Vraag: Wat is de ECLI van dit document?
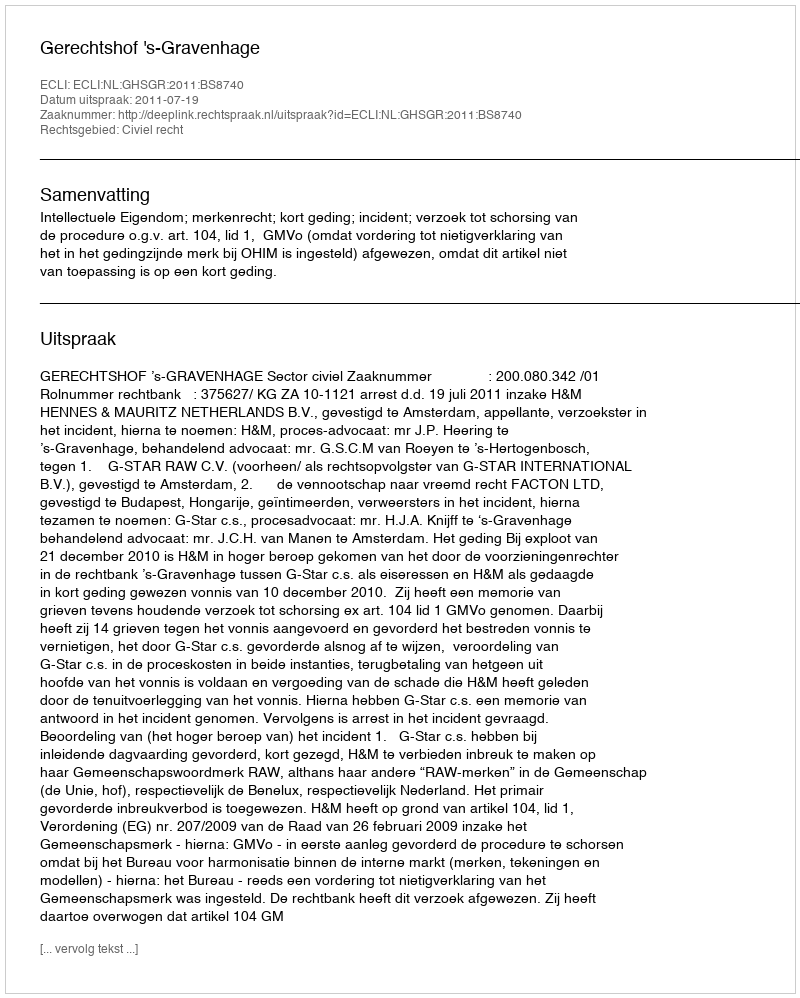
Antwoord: ECLI:NL:GHSGR:2011:BS8740